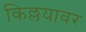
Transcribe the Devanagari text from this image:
किल्लयावर